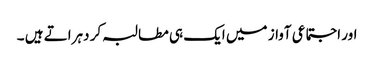
اور اجتماعی آواز میں ایک ہی مطالبہ کر دہراتے ہیں ۔